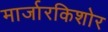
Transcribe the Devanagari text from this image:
मार्जारकिशोर